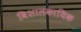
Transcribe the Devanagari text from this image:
विशालकायिक